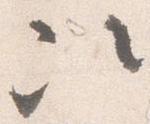
次